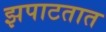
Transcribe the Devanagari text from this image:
झपाटतात